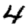
Digit: 4